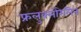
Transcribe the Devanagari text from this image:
फ्रलुक्लोरेलिन